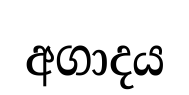
අගාදය